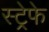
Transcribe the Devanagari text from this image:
स्ट्रेफे